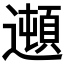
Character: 𲆁